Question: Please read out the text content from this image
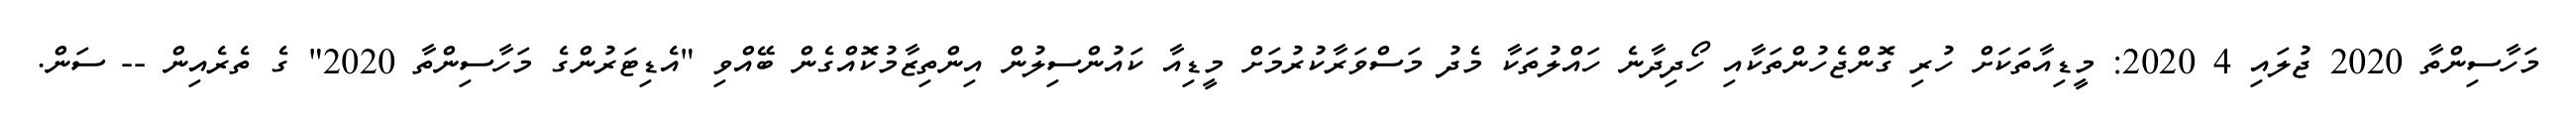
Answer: މަހާސިންތާ 2020 ޖުލައި 4 2020: މީޑިއާތަކަށް ހުރި ގޮންޖެހުންތަކާއި ހޯދިދާނެ ހައްލުތަކާ މެދު މަސްވަރާކުރުމަށް މީޑިއާ ކައުންސިލުން އިންތިޒާމުކޮއްގެން ބޭއްވި "އެޑިޓަރުންގެ މަހާސިންތާ 2020" ގެ ތެރެއިން -- ސަން.